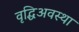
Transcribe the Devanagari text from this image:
वृद्धिअवस्था